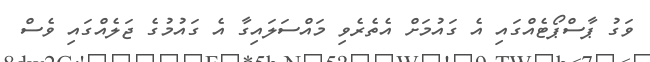
ވަގު ޕާސްޕޯޓެއްގައި އެ ގައުމަށް އެތެރެވި މައްސަލައިގާ އެ ގައުމުގެ ޖަލެއްގައި ވެސް